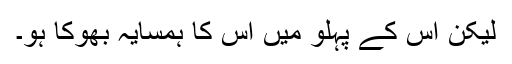
لیکن اس کے پہلو میں اس کا ہمسایہ بھوکا ہو۔